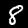
Digit: 8